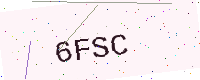
Text: 6FSC